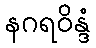
နဂရဝိန္ဒံ